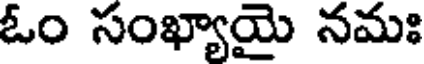
ఓం సంఖ్యాయై నమః